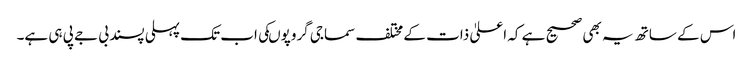
اس کے ساتھ یہ بھی صحیح ہے کہ اعلیٰ ذات کے مختلف سماجی گروپوںکی اب تک پہلی پسند بی جے پی ہی ہے۔